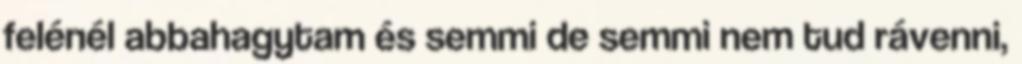
felénél abbahagytam és semmi de semmi nem tud rávenni,